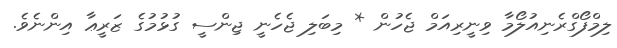
ލިމްފޯގްރެނިއުލޯމާ ވިނީރިއަމް ޖެހުން * މިބަލި ޖެހެނީ ޖިންސީ ގުޅުމުގެ ޒަރީޢާ އިންނެވެ.